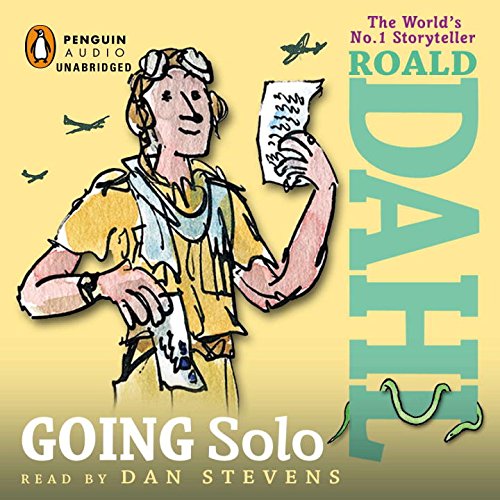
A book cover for Going Solo; Roald Dahl; Teen & Young Adult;